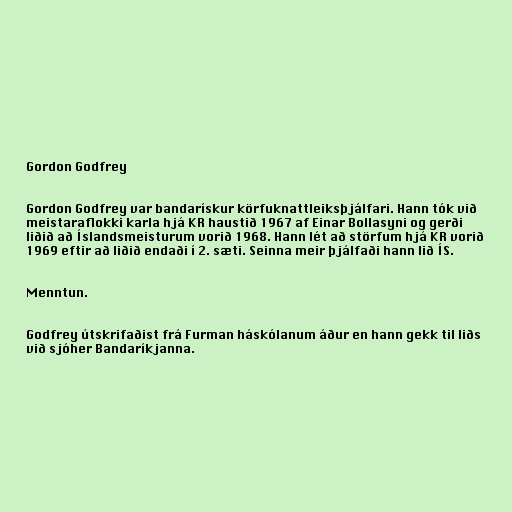
Gordon Godfrey

Gordon Godfrey var bandarískur körfuknattleiksþjálfari. Hann tók við
meistaraflokki karla hjá KR haustið 1967 af Einar Bollasyni og gerði
liðið að Íslandsmeisturum vorið 1968. Hann lét að störfum hjá KR vorið
1969 eftir að liðið endaði í 2. sæti. Seinna meir þjálfaði hann lið ÍS.

Menntun.

Godfrey útskrifaðist frá Furman háskólanum áður en hann gekk til liðs
við sjóher Bandaríkjanna.